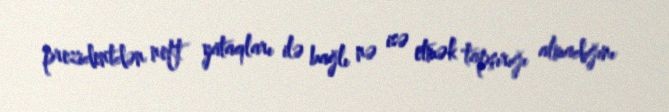
prezidentdən neft yataqları ilə bağlı nə isə etmək tapşırığı almadığını